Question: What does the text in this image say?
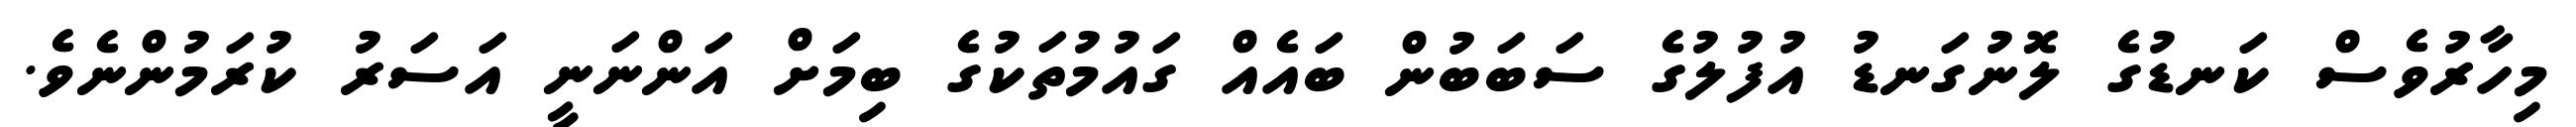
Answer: މިހާރުވެސް ކަނޑުގެ ލޮނުގަނޑު އުފުލުގެ ސަބަބުން ބައެއް ގައުމުތަކުގެ ބިމަށް އަންނަނީ އަސަރު ކުރަމުންނެވެ.